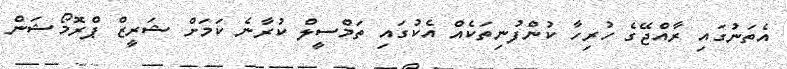
އެތަނުގައި ރާއްޖޭގެ ހުރިހާ ކުންފުނިތަކެއް އެކުގައި ތަމްސީލް ކުރާނެ ކަމަށް ޝަރީޒް ޕްރޮމޯޝަން